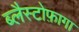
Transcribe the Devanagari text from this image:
ब्लैस्टोफ़ागा